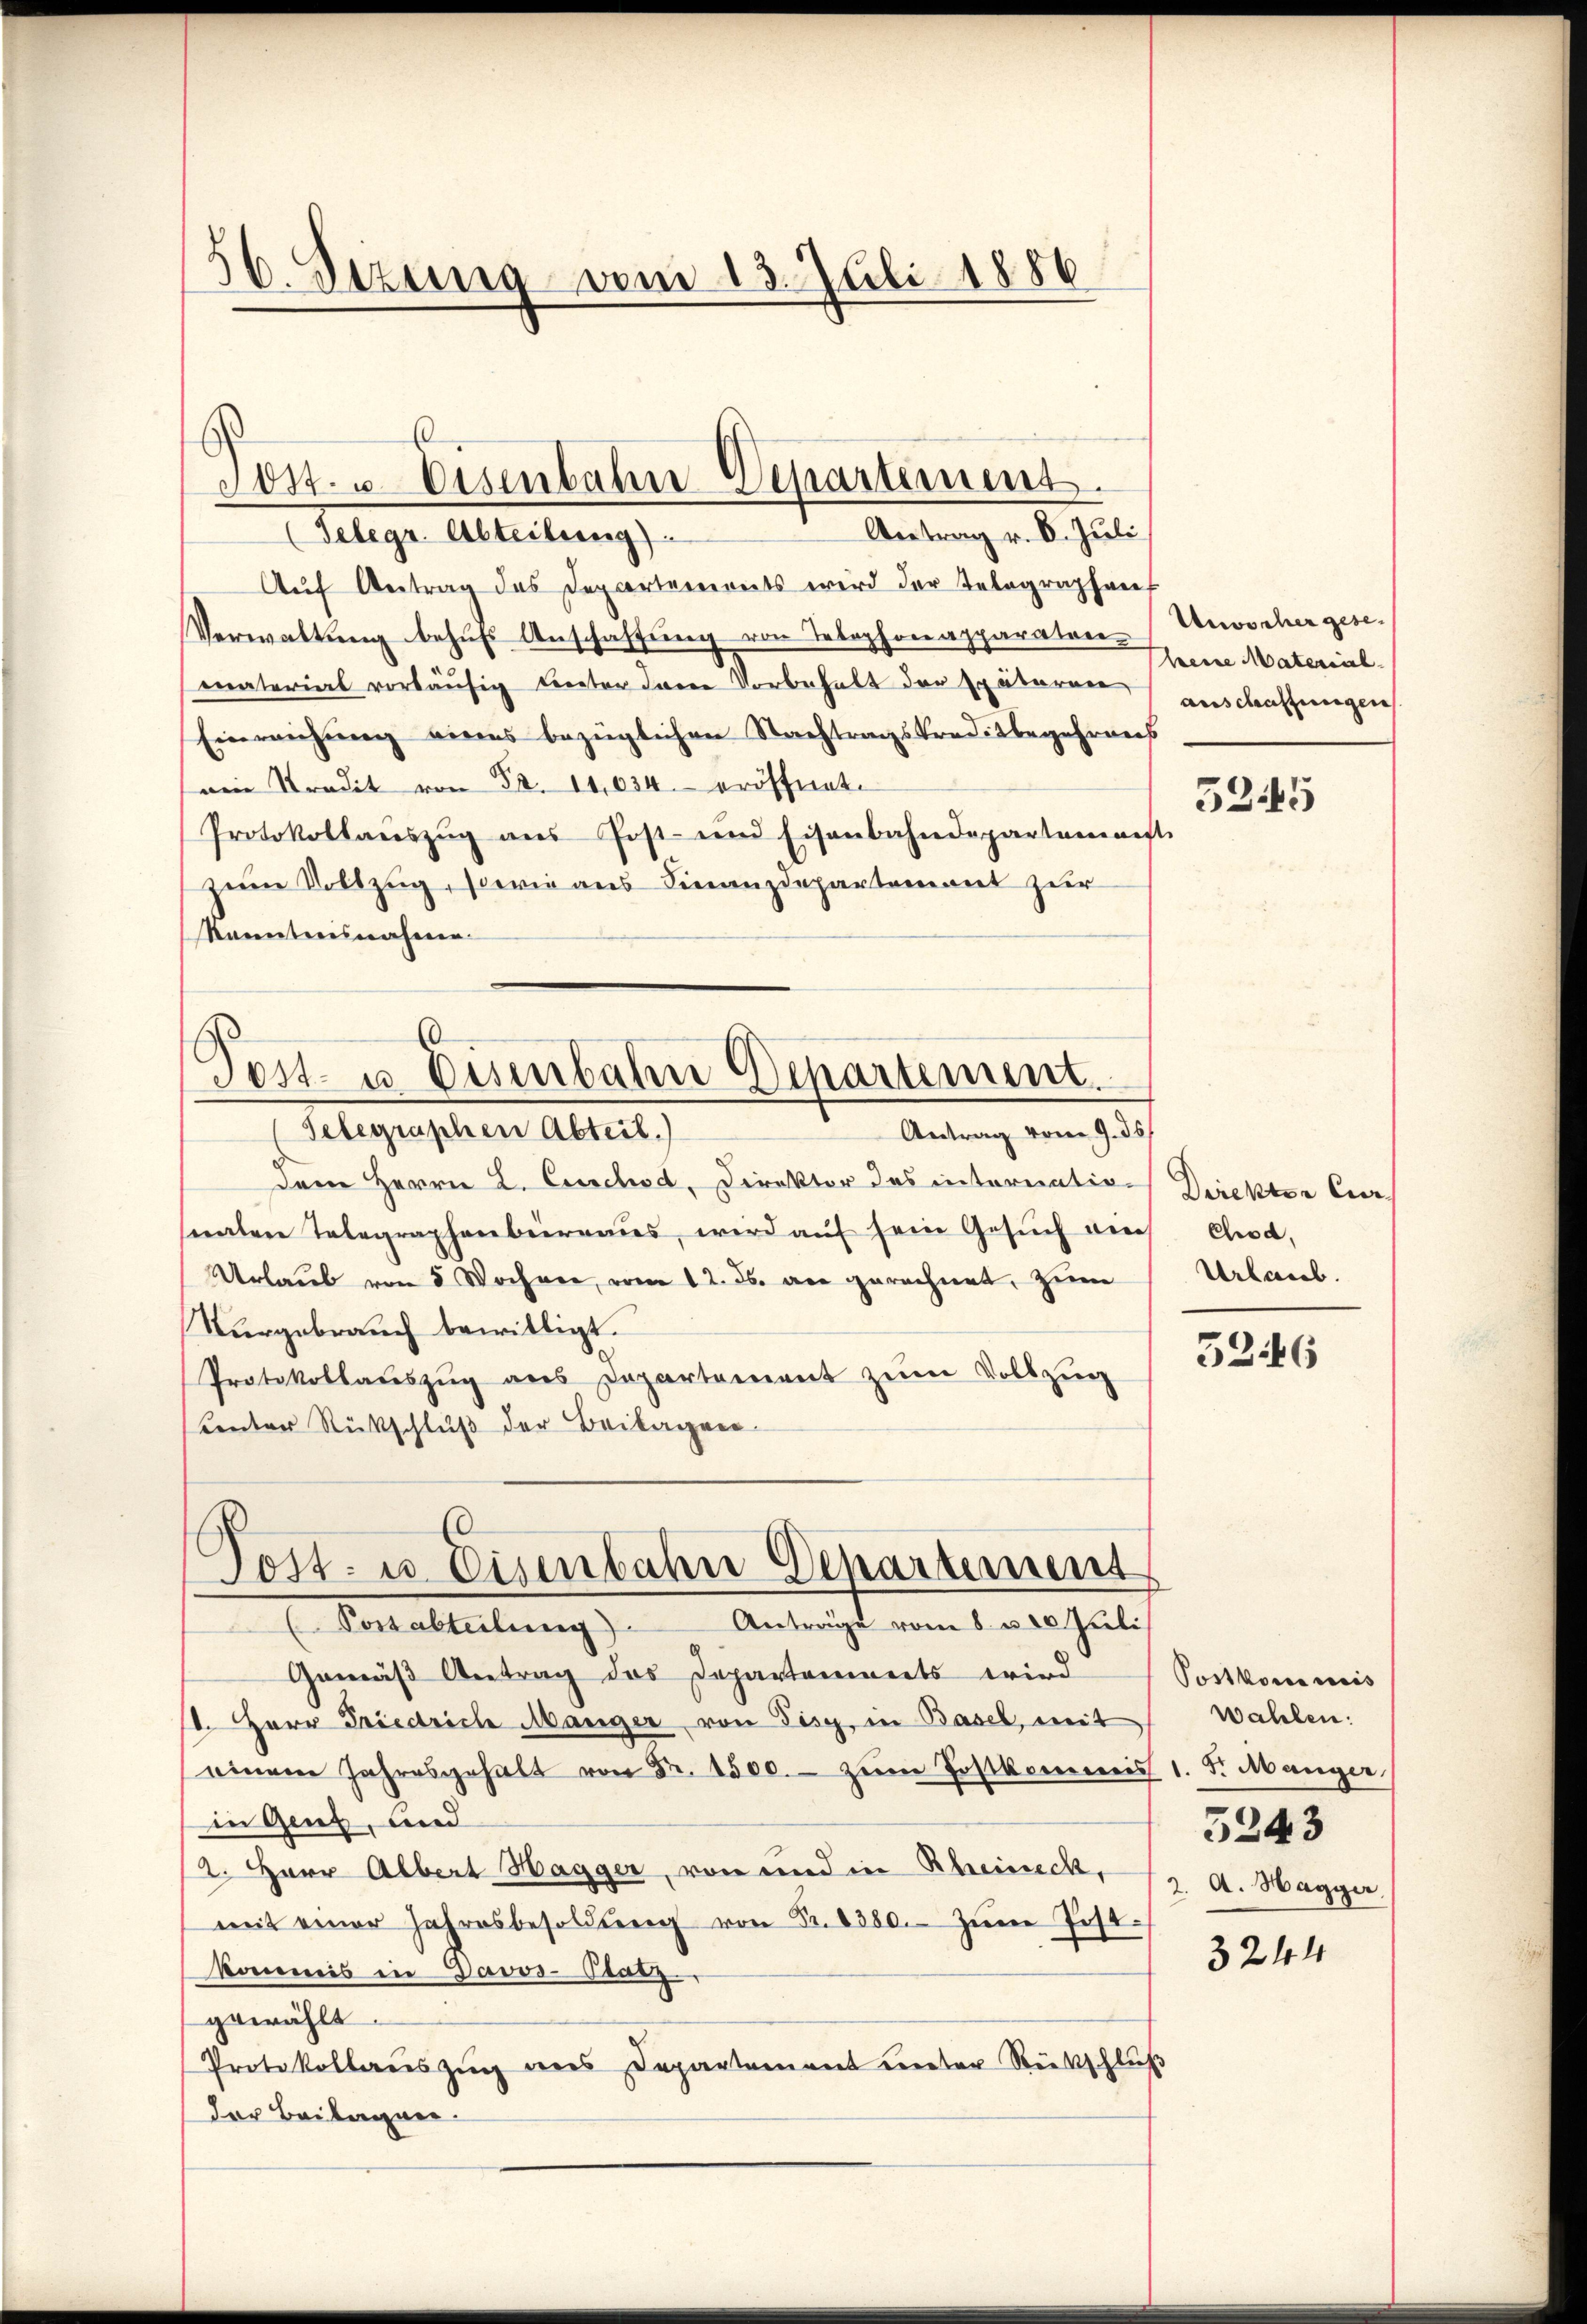
d
16. Dezung vom 13. Juli 1886

Antrag v. 6. Juli
(Telegr. Abteilung)
Aŭf Antrag des Departements wird der Telegraphens
Verwaltung behufs Anschaffung von Telephonapparator Unvorher gesematerial vorläŭfig unter dem Vorbehalt der späteren anschaffungen
Einreichung eines bezüglichen Nachtragskreditbegehrens
(ein Tradit von 52. 11,034. eröffnet.
Protokollauszug aus Post- und Eisenbahndepartament
zum Vollzug, sowie aus Finanzdepartement zur
Kamnteresseren.

Jost. - Eisenbahn Departiment

Post- u Eisenbahn Departement.
(Telegraphen Abteil)
Antrag vom 9. ds.

dem Herrn L. Coschod, Direktor das internationaten Telegraphenberaus, wird auf sein Gesuch der
Urlaub von 5 Wocheer, vom 12. ds. an gerechnet, zum
Nurgebrauch bewilligt.
Protokollaŭszŭg ans Departement zŭm Vollzug
unter Rückschluß der Beilagen.

Dost- u. Eisenbahn-Departement
(Postabteilŭng). Anträge vom 8. u. 20 Juli

Gemäß Antrag des Departonierts wird Sostkommis
(1. Herr Friedrich Manger von Tisy, in Basel, mit
einem Jahresgehalt von Fr. 1500. zum Postkommnis 1. S. Manger,
in Gent, und
2. Herr Albert Hagger, von und in Rheineck, 12. A. Hagger.
mit einer Jahresbesoldŭng von Fr. 8380. zŭm Post-
Kommis in Davos- Platz
gewählt.
Protokollauszug ins Departement unter Rückschluß
der Beilagen.

heine Material

5245

Direktor Cur
Chod,
Urlaub.

3246

wahlen:
5243

3244